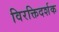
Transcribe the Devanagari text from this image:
विरक्तिदर्शक